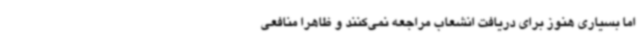
اما بسیاری هنوز برای دریافت انشعاب مراجعه نمی‌کنند و ظاهرا منافعی